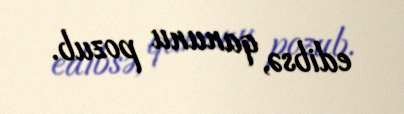
edibsə, qanunu pozub.